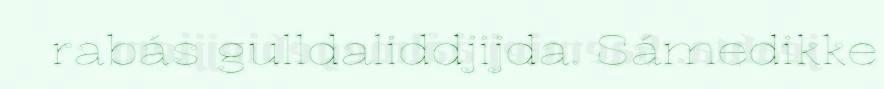
rabás gulldaliddjijda. Sámedikke